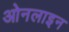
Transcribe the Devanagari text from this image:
ओनलाइन